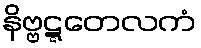
နိဗ္ဗဋ္ဋတေလကံ